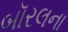
બૉરલના